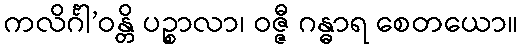
ကလိင်္ဂါ’ဝန္တိ ပဉ္စာလာ၊ ဝဇ္ဇီ ဂန္ဓာရ စေတယော။